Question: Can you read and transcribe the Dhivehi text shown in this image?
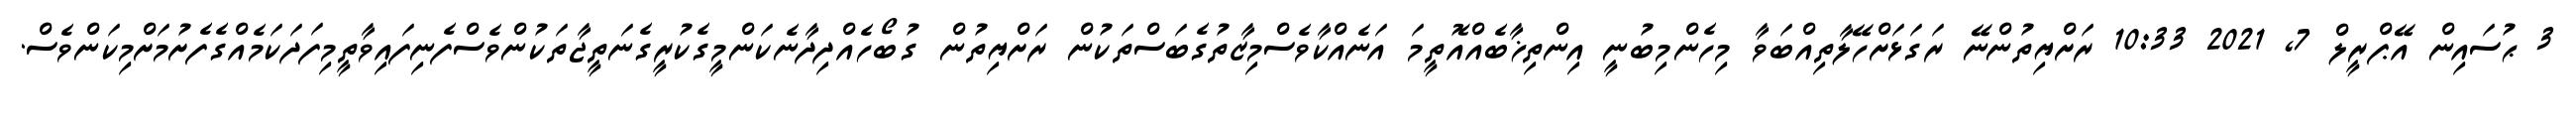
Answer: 3 ޙުސައިން އޭޕްރީލް 7, 2021 10:33 ރަށްޔިތުންނޭ ރަގަޅަށްހޭލާތިއްބަވާ މިހެންމިބުނީ އިންތިޚާބެއްއޮތީމަ އަނެއްކާވެސްމިޒާތުގެބަސްތަކުން ރަށްޔިތުން ގުބޯހެއްދިދާނެކަންމީގެކުރީގެނަތީޖާތަކުންވެސްފެނިފައިވާތީމިފަދަކަމެއްގެފެށުމަށްމިކަންވެސް.